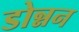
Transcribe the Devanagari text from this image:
डोन्नन